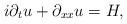
LaTeX: \begin{align*}i\partial_t u + \partial_{xx} u = H,\end{align*}